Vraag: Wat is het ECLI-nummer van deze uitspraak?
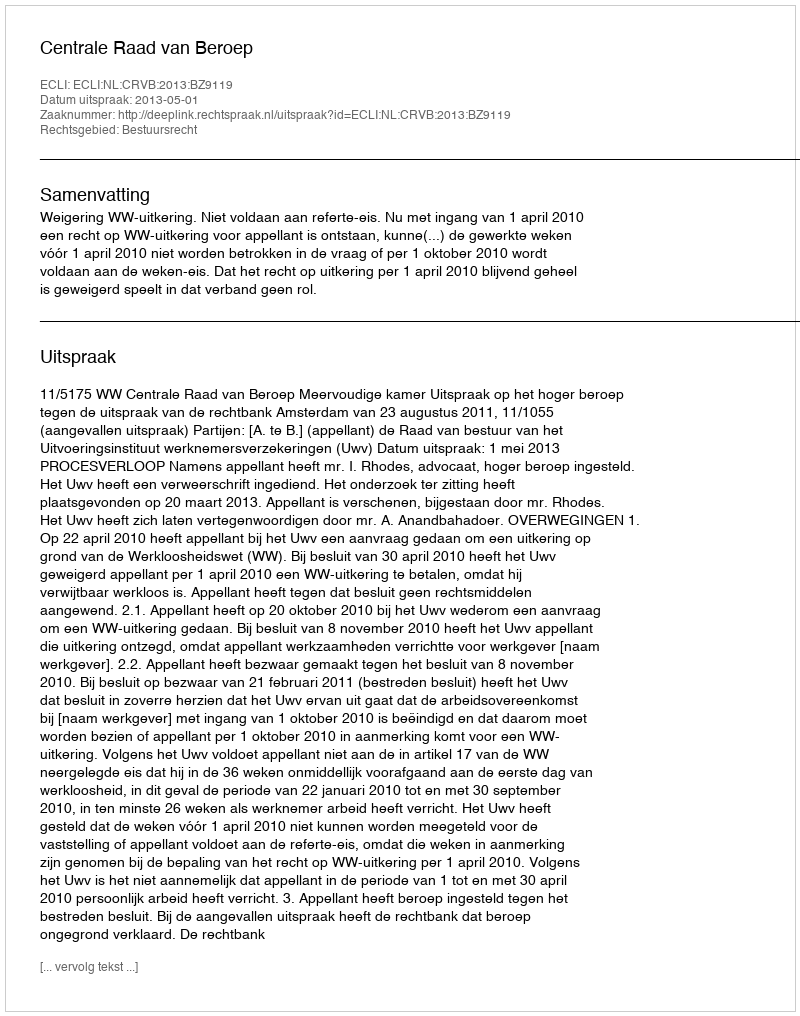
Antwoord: ECLI:NL:CRVB:2013:BZ9119